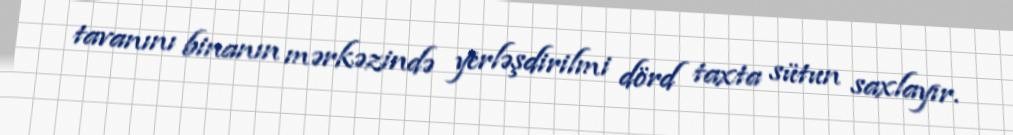
tavanını binanın mərkəzində yerləşdirilmi dörd taxta sütun saxlayır.